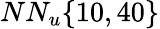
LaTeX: NN_{u}\{ 10,40\}